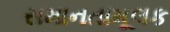
સમાનતામૂલક